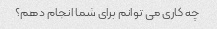
چه کاری می توانم برای شما انجام دهم؟